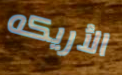
الأريكه